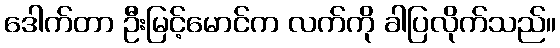
ဒေါက်တာ ဦးမြင့်မောင်က လက်ကို ခါပြလိုက်သည်။